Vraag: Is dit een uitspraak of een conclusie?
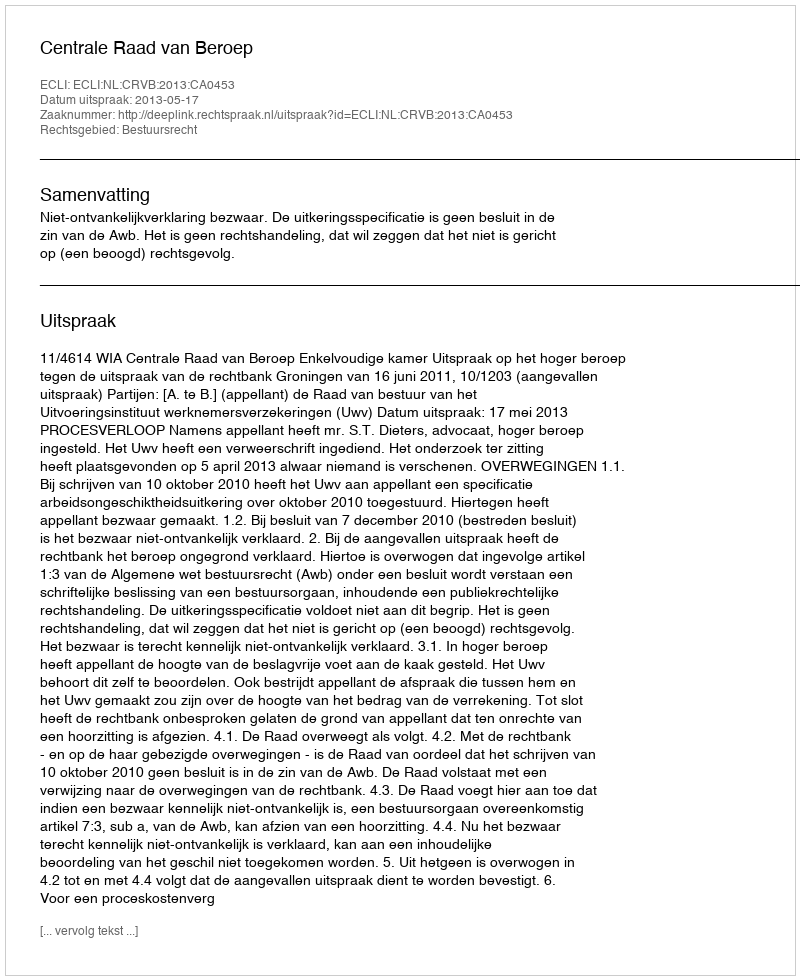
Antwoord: Uitspraak